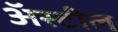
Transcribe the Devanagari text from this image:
अॅस्टील